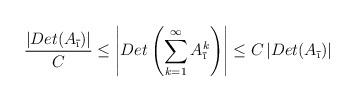
LaTeX: \begin{align*}\frac{|Det(A_{\overline{\i}})|}{C}\leq \left|Det\left(\sum_{k=1}^{\infty}A_{\overline{\i}}^k\right)\right|\leq C\left|Det(A_{\overline{\i}})\right|\end{align*}